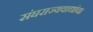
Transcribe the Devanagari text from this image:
संघराज्यवाद्यांचा